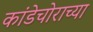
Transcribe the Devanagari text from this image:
कांडेचोराच्या